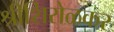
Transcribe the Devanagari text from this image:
श्रीशिरोळकर